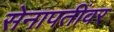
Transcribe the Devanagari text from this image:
सेनापतींवर